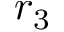
r _ { 3 }